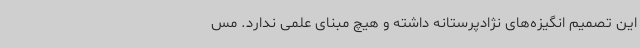
این تصمیم انگیزه‌های نژادپرستانه داشته و هیچ مبنای علمی ندارد. مس